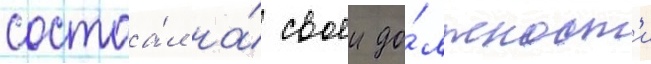
состоа́л на́ своеи до́лжност'и